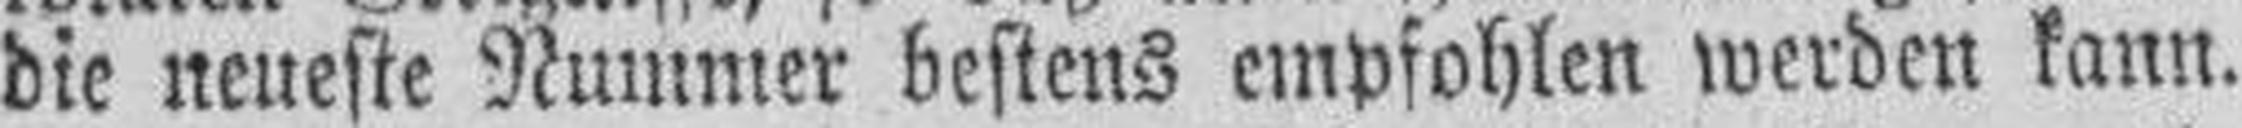
die neueste Nummer bestens empfohlen werden kann.